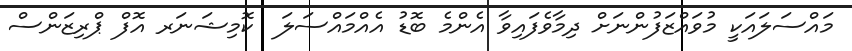
މައްސަލައަކީ މުވައްޒަފުންނަށް ދިމާވެފައިވާ އެންމެ ބޮޑު އެއްމައްސަލަ  ކޮމިޝަނަރ އޮފް ޕްރިޒަންސް